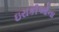
ઇરાકીઓના